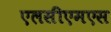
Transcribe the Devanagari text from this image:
एलसीएमएस